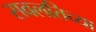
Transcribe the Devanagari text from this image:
सवलतिच्या